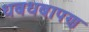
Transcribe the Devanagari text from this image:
धबधबापण